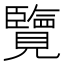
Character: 覽